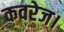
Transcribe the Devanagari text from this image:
कवरेज।